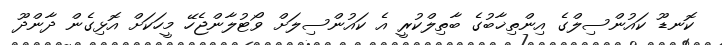
ކޮނޑޫ ކައުންސިލްގެ އިންތިޚާބުގެ ބާތިލްކުރީ އެ ކައުންސިލަށް ވޯޓުލާންޖެހޭ މީހަކަށް އޮޅިގެން ދާންދޫ